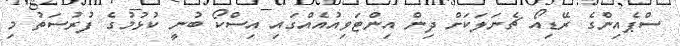
ސްޕެއިންގެ ރޭޑިއޯ ޗެނަލަކަށް ދިން އިންޓަވިއުއެއްގައި އިސްކޯ ބުނީ ކުޅުމުގެ ފުރުސަތު މި